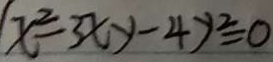
1 x ^ { 2 } - 3 x y - 4 y ^ { 2 } = 0